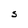
Character: S